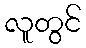
လူတွင်